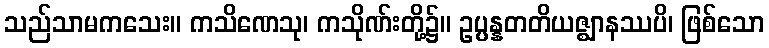
သည်သာမကသေး။ ကသိဏေသု၊ ကသိုဏ်းတို့၌။ ဥပ္ပန္နတတိယဇ္ဈာနဿပိ၊ ဖြစ်သော